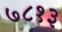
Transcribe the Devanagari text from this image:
७८१३